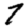
Digit: 7